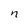
Character: n